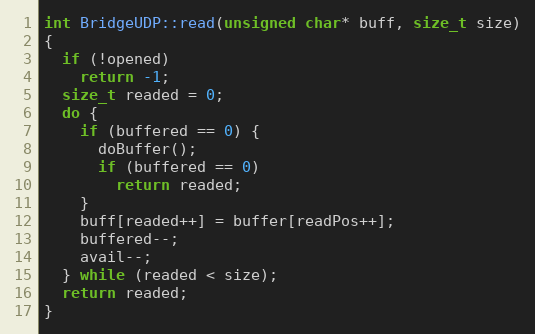
Language: C++
int BridgeUDP::read(unsigned char* buff, size_t size)
{
  if (!opened)
    return -1;
  size_t readed = 0;
  do {
    if (buffered == 0) {
      doBuffer();
      if (buffered == 0)
        return readed;
    }
    buff[readed++] = buffer[readPos++];
    buffered--;
    avail--;
  } while (readed < size);
  return readed;
}